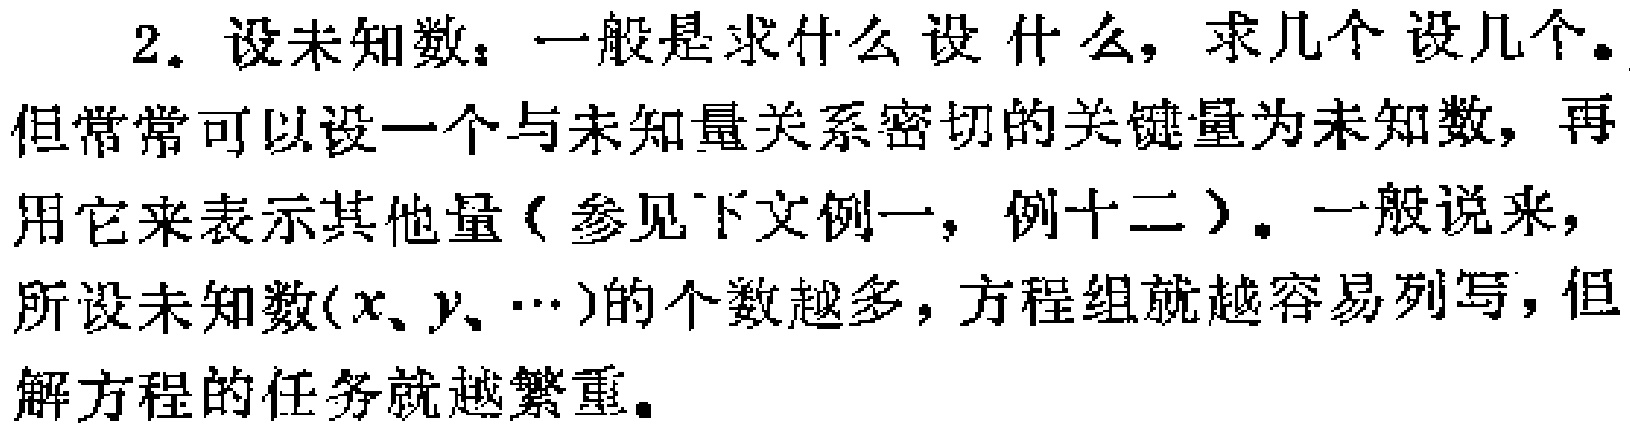
2. 设未知数：一般是求什么设什么，求几个设几个。但常常可以设一个与未知量关系密切的关键量为未知数，再用它来表示其他量（参见下文例一，例十二）。一般说来，所设未知数($x、y、\cdots$)的个数越多，方程组就越容易列写，但解方程的任务就越繁重。